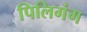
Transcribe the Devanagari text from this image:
पिलिगंग